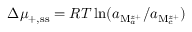
\Delta \mu _ { + , \ensuremath { \mathrm { s s } } } = R T \ln ( a _ { \mathrm { M } _ { a } ^ { z + } } / a _ { \mathrm { M } _ { c } ^ { z + } } )